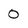
Character: 0